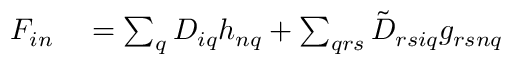
\begin{array} { r l } { F _ { i n } } & { { } = \sum _ { q } D _ { i q } h _ { n q } + \sum _ { q r s } \tilde { D } _ { r s i q } g _ { r s n q } } \end{array}